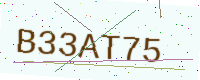
Text: B33AT75